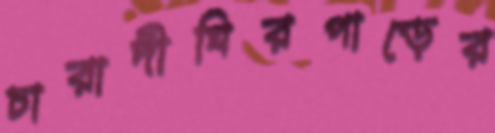
চারাদীঘিরপাড়ের